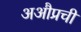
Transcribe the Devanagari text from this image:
अऔप्रची